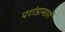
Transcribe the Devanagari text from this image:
परांडामार्गे